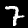
Label: 7